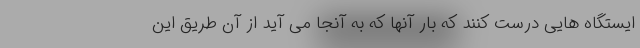
ایستگاه هایی درست کنند که بار آنها که به آنجا می آید از آن طریق این